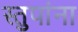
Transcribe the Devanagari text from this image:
स्तुपांना